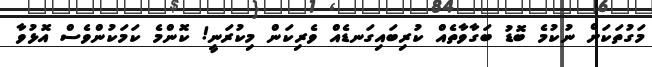
މަގުތަކަށް ނުކުމެ ބޮޑު ބަގާވާތެއް ކުރިބައިގަނޑެއް ވެރިކަން މިކުރަނީ! ކޮންމެ ކަމަކުންވެސް އޮޅުވާ